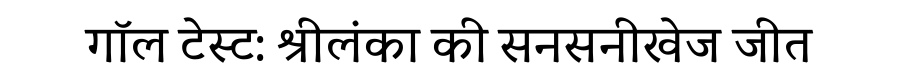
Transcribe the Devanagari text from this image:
गॉल टेस्ट: श्रीलंका की सनसनीखेज जीत